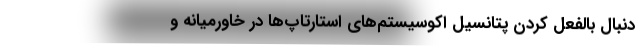
‌دنبال بالفعل کردن پتانسیل اکوسیستم‌های استارتاپ‌ها در خاورمیانه و